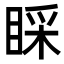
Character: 睬